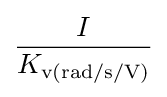
{\frac {I}{K_{\text{v(rad/s/V)}}}}